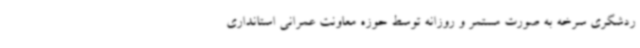
ردشگری سرخه به صورت مستمر و روزانه توسط حوزه معاونت عمرانی استانداری